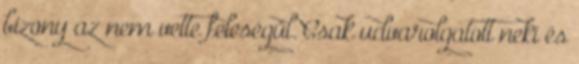
bizony az nem vette feleségül. Csak udvarolgatott neki és